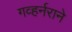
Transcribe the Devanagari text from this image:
गव्हर्नराने